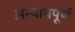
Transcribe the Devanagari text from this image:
अन्‍यायपूर्ण